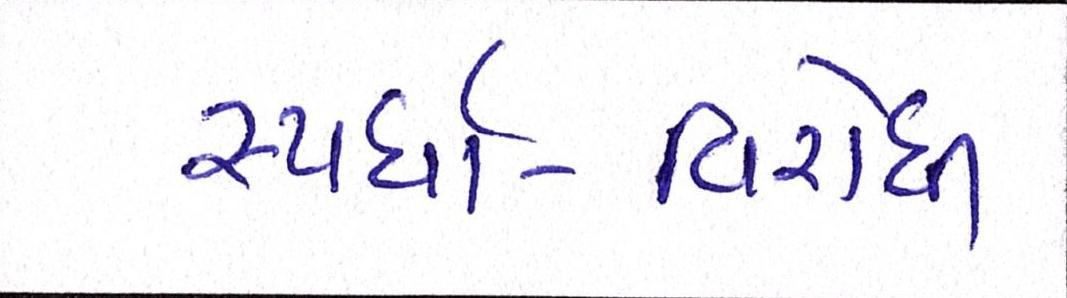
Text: સ્પર્ધા-વિરોધી